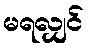
မရလျှင်